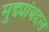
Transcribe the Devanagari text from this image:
मुद्द्यांबद्दल